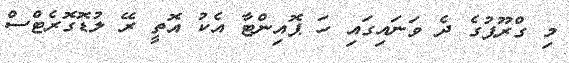
މި ގްރޫޕުގެ ދެ ވަނައިގައި ހަ ޕޮއިންޓާ އެކު އޮތީ ރޭ ލުޑޮގޮރެޓްސް